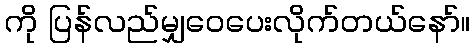
ကို ပြန်လည်မျှဝေပေးလိုက်တယ်နော်။